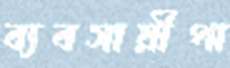
ব্যবসায়ীপা